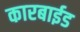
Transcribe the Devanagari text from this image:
कारबाईड